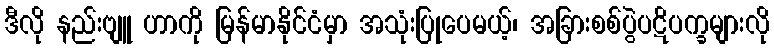
ဒီလို နည်းဗျူ ဟာကို မြန်မာနိုင်ငံမှာ အသုံးပြုပေမယ့်၊ အခြားစစ်ပွဲပဋိပက္ခများလို